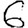
Digit: 6